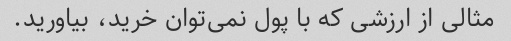
مثالی از ارزشی که با پول نمی‌توان خرید، بیاورید.